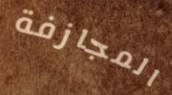
المجازفة